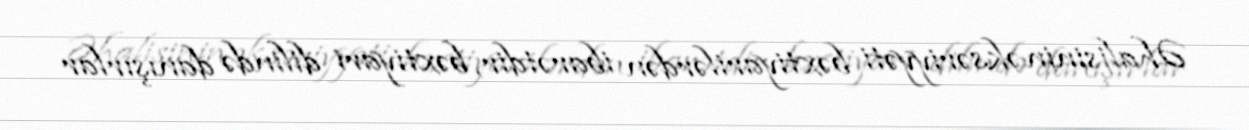
Əhalisinin əksəriyyəti bəxtiyarilərdən ibarətdir, bəxtiyari dilində danışırlar